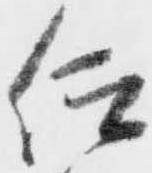
仰